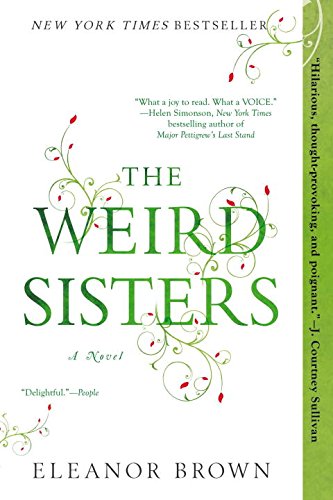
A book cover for The Weird Sisters; Eleanor Brown; Literature & Fiction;